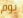
يوم